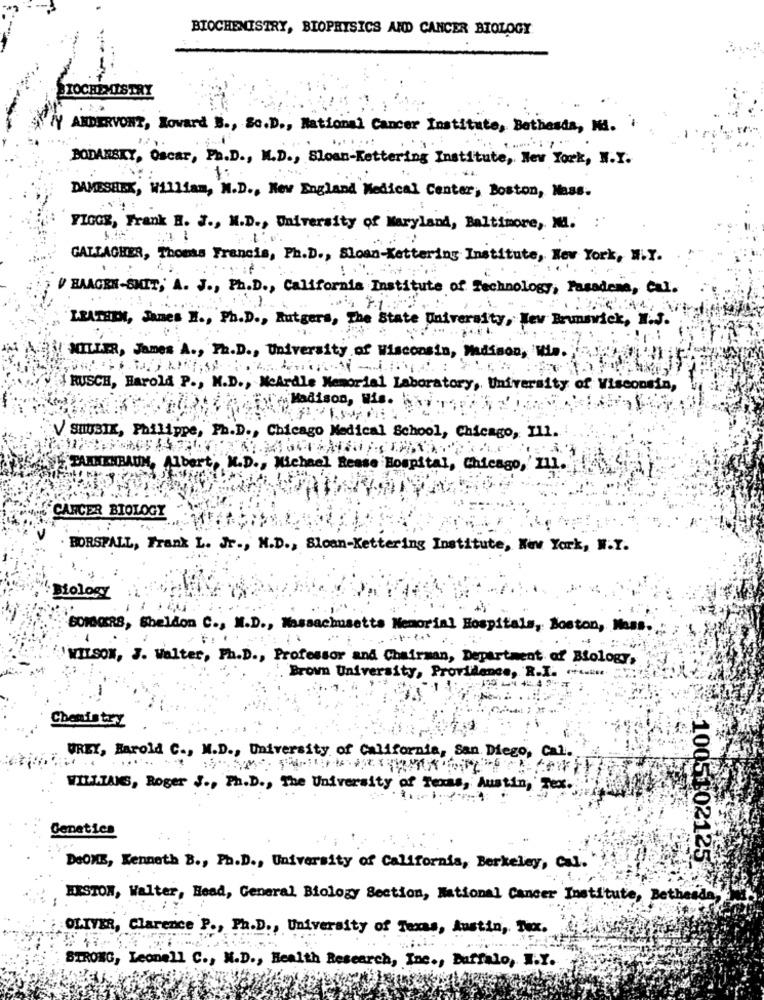
BIOCHEMISTRY, BIOPHYSICS AND CANCER BIOLOGY
BIOCHEMISTRY
/Y AFDERVONT, Howard B ., Sc.D ., National Cancer Institute, Bethesda, Mi. .
.......
BODARSKY, Oscar, Ph.D ., M.D ., Sloan-Kettering Institute, New York, N.Y.
1:
DAVESEEK, William, N.D ., New England Medical Center, Boston, Mass.
FIGCE, Frank M. J ., M.D ., University of Maryland, Baltimore, Md. :
GATTACKER, Thomas Francis, Ph.D ., Sloan Kettering Institute, New York, N.Y.
V HAAGEN-SHIT, A. J ., Ph.D ., California Institute of Technology, Pasadena, Cal.
LEATEN, James H ., Ph.D ., Rutgers, The State University, New Brunswick, I.S.
MILLER, James A ., Ph.D ., University of Wisc
Madison, Wia.
I RUSCH, Harold P ., M.D ., NeArdle Memorial Labo
tory, University of Wisconsin,
Madison, Wis.
V SHUBIK, Philippe, Ph.D ., Chicago Medical School, Chicago, 111.
FELLIKERAIN, Albert, M.D ., Michael Rease Hospital, Chicago,'zu.
CANCER BIOLOGY
. BORSPALL, Frank L. Jr ., M.D ., Sloan-Kettering Institute, New York, W.Y.
Biology
SOMGERS, Sheldon C ., M.D ., Massachusetts Memorial Hospitals, Boston, Mans.
'WILSON, J. Walter, Ph.D ., Professor and Chairman, Department of Biology,
Brown University, Providence, R.I. .....
Chemistry
UREY, Harold C ., M.D ., University of California, San Diego, Cal.
WILLING, Roger S ., Ph.D ., The University of Texas, Austin, Tex.
Genetica
1005102125
DeONE, Kenneth E ., Ph.D ., University of California, Berkeley, Cal.
ERSTON, Walter, Head, General Biology Section, National Cancer Institute, Bethesda,
OLIVER, Clarence P ., Ph.D ., University of Texas, Austin, Tx.
STRONG, Leonell C ., M.D ., Health Research, Inc ., Buffalo, N.Y.